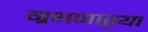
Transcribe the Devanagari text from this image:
ग्रथणाऱ्या